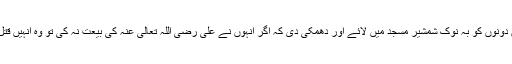
اس لیے وہ ان دونوں کو بہ نوکِ شمشیر مسجد میں لائے اور دھمکی دی کہ اگر انہوں نے علی رضی اللہ تعالی عنہ کی بیعت نہ کی تو وہ انہیں قتل کر دیں گے۔